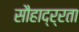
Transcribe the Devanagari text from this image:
सौहाद्र्रता